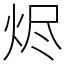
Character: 烬